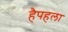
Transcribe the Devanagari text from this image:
हैपहला